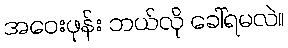
အဝေးဖုန်း ဘယ်လို ခေါ်ရမလဲ။